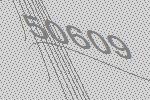
50609